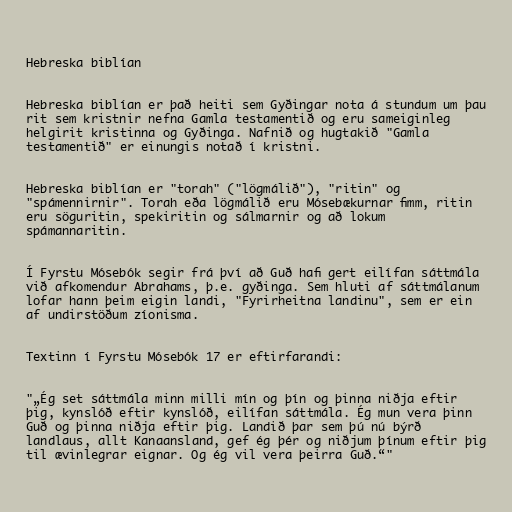
Hebreska biblían

Hebreska biblían er það heiti sem Gyðingar nota á stundum um þau
rit sem kristnir nefna Gamla testamentið og eru sameiginleg
helgirit kristinna og Gyðinga. Nafnið og hugtakið "Gamla
testamentið" er einungis notað í kristni.

Hebreska biblían er "torah" ("lögmálið"), "ritin" og
"spámennirnir". Torah eða lögmálið eru Mósebækurnar fimm, ritin
eru söguritin, spekiritin og sálmarnir og að lokum
spámannaritin.

Í Fyrstu Mósebók segir frá því að Guð hafi gert eilífan sáttmála
við afkomendur Abrahams, þ.e. gyðinga. Sem hluti af sáttmálanum
lofar hann þeim eigin landi, "Fyrirheitna landinu", sem er ein
af undirstöðum zíonisma.

Textinn í Fyrstu Mósebók 17 er eftirfarandi:

"„Ég set sáttmála minn milli mín og þín og þinna niðja eftir
þig, kynslóð eftir kynslóð, eilífan sáttmála. Ég mun vera þinn
Guð og þinna niðja eftir þig. Landið þar sem þú nú býrð
landlaus, allt Kanaansland, gef ég þér og niðjum þínum eftir þig
til ævinlegrar eignar. Og ég vil vera þeirra Guð.“"